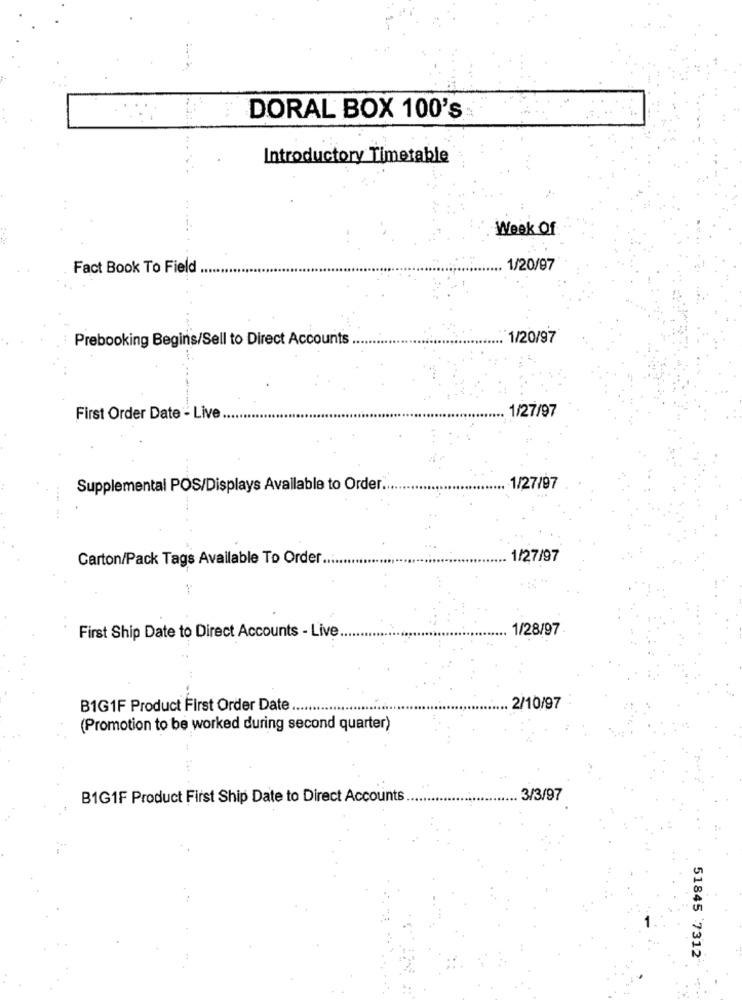
DORAL BOX 100's
Introductory Timetable
Week Of
Fact Book To Field .
1/20/97
Prebooking Begins/Sell to Direct Accounts
1/20/97
1/27/97
First Order Date - Live ..
Supplemental POS/Displays Available to Order ..
1/27/97
Carton/Pack Tags Available To Order.
1/27/97
1/28/97
First Ship Date to Direct Accounts - Live
B1G1F Product First Order Date ..
.......
. 2/10/97
(Promotion to be worked during second quarter)
B1G1F Product First Ship Date to Direct Accounts
.. 3/3/97
51845 7312